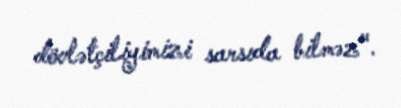
dövlətçiliyimizi sarsıda bilməz".